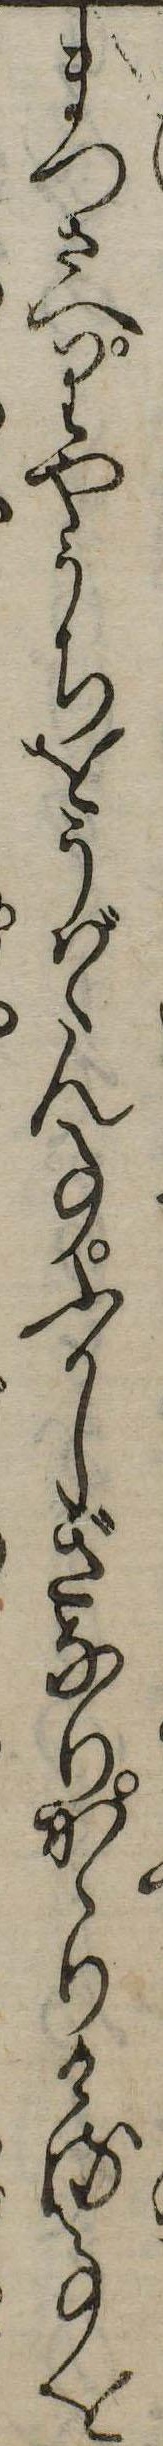
まつさへりやうちをうばゝん事ふかしぎなりかゝりける事を